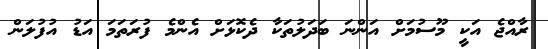
ރާއްޖެ އަކީ މޫސުމަށް އަންނަ ބަދަލުތަކާ ދެކޮޅަށް އެންމެ ފުރަތަމަ އަޑު އުފުލަން